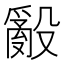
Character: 𭯁